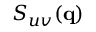
S _ { u v } ( { \bf { q } } )